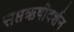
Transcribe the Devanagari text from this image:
सप्तऋषीदर्शन